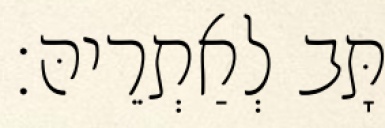
תָּב לְאַתְרֵיהּ׃